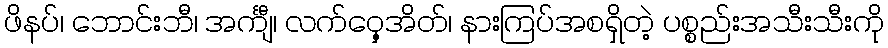
ဖိနပ်၊ ဘောင်းဘီ၊ အင်္ကျီ၊ လက်ဝှေ့အိတ်၊ နားကြပ်အစရှိတဲ့ ပစ္စည်းအသီးသီးကို